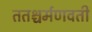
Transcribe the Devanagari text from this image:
ततश्चर्मणवती